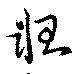
軖